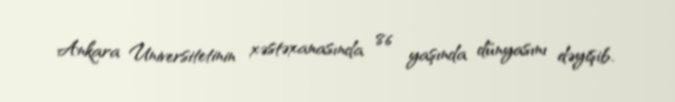
Ankara Universitetinin xəstəxanasında 86 yaşında dünyasını dəyişib.